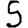
Digit: 5